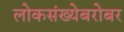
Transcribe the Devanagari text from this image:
लोकसंख्येबरोबर